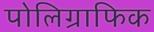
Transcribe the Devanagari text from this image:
पोलिग्राफिक